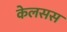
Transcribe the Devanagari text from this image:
केलसस